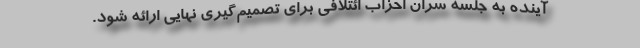
آینده به جلسه سران احزاب ائتلافی برای تصمیم‌گیری نهایی ارائه شود.